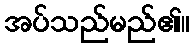
အပ်သည်မည်၏။